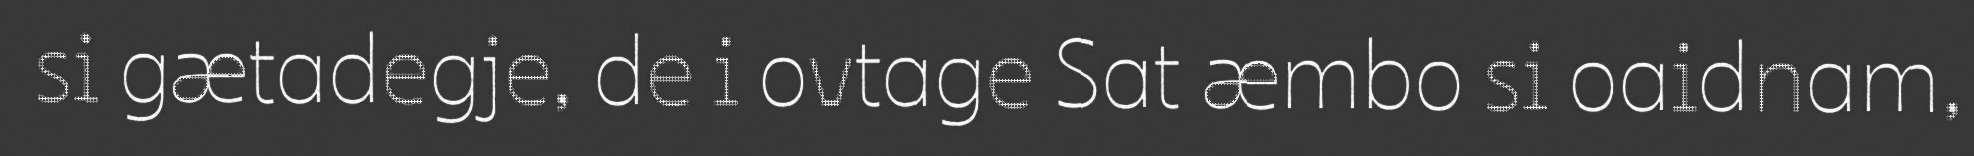
si gætadegje, de i ovtage Sat æmbo si oaidnam,